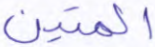
المتين